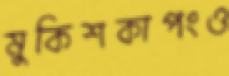
মুকিশকাপংও